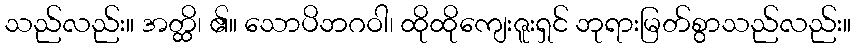
သည်လည်း။ အတ္ထိ၊ ၏။ သောပိဘဂဝါ၊ ထိုထိုကျေးဇူးရှင် ဘုရားမြတ်စွာသည်လည်း။